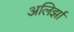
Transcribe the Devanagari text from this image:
अलिर्झा